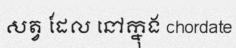
សត្វ ដែល នៅក្នុង chordate